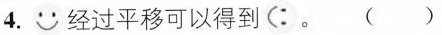
4. 经过平移可以得到 。()